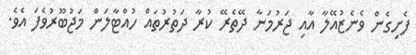
ފެށިގެން ވެނެޒުއޭލާ އާއި ޖަރުމަނާ ދޭތެރޭ ކުރާ ދަތުރުތައް ހުއްޓާލަން މަޖުބޫރުވެފަ އެވެ.